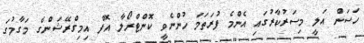
ހަސަން އަލީ މިސަރުކާރުގައި އެންމެ ފުރަތަމަ ހުންނެވީ ކޮންޓްރޯލާ އޮފް އިމިގްރޭޝަންގެ މަގާމުގަ